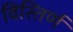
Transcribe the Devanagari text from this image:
विस्तिर्ण